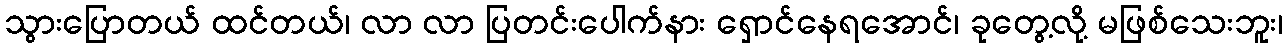
သွားပြောတယ် ထင်တယ်၊ လာ လာ ပြတင်းပေါက်နား ရှောင်နေရအောင်၊ ခုတွေ့လို့ မဖြစ်သေးဘူး၊